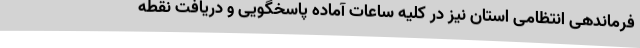
فرماندهی انتظامی استان نیز در کلیه ساعات آماده پاسخگویی و دریافت نقطه